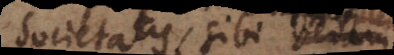
Societates, sibi veram